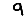
Digit: 9